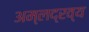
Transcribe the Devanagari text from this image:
अम्लद्रव्य